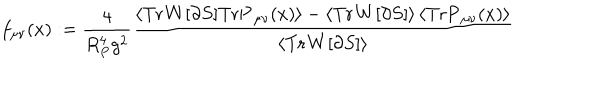
f _ { \mu \nu } ( x ) : = \frac { 4 } { R _ { P } ^ { 4 } g ^ { 2 } } \frac { \left< \mathrm { T r } \mathbf { W } [ \partial S ] \mathrm { T r } \mathbf { P } _ { \mu \nu } ( x ) \right> - \left< \mathrm { T r } \mathbf { W } [ \partial S ] \right> \left< \mathrm { T r } \mathbf { P } _ { \mu \nu } ( x ) \right> } { \left< \mathrm { T r } \mathbf { W } [ \partial S ] \right> }